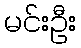
မင်းဦး